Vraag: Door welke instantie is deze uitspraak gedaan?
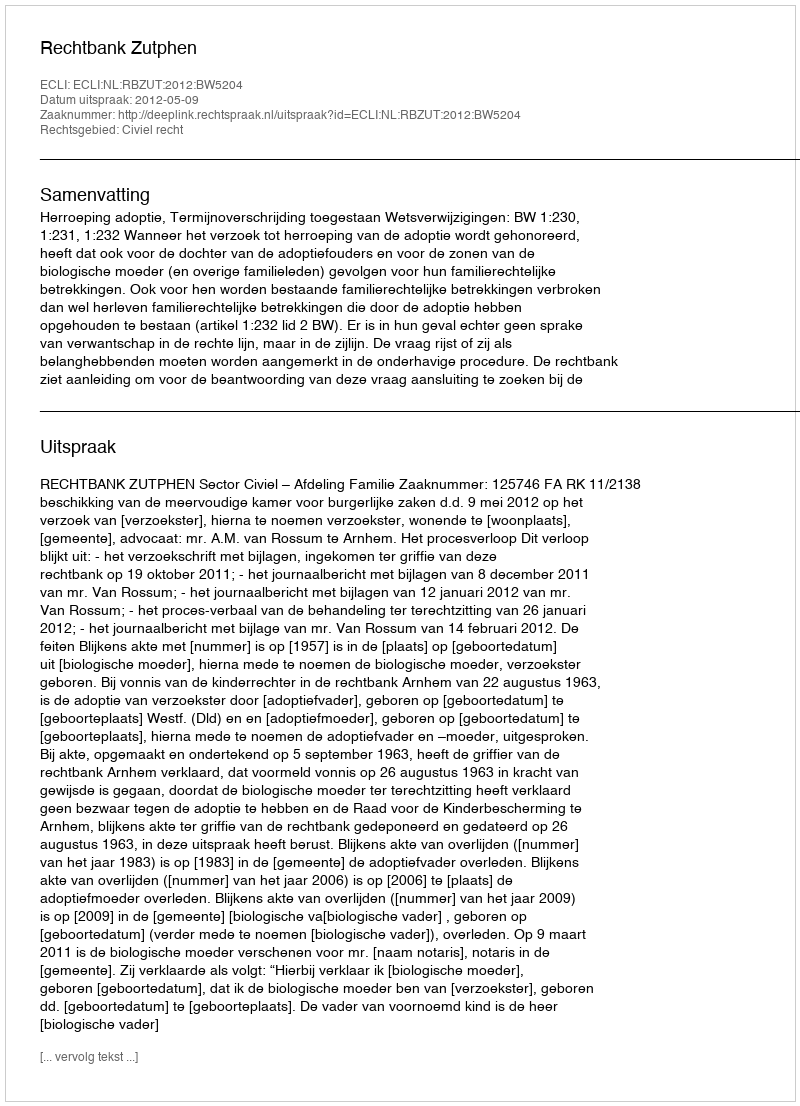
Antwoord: Rechtbank Zutphen